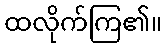
ထလိုက်ကြ၏။